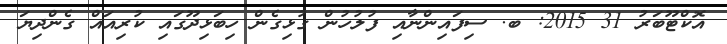
އޮކްޓޫބަރު 31 2015: ބ. ސިފައިންނާއި ފުލުހުން ގުޅިގެން ހިބަޅިދޫގައި ކުރިއައް ގެންދިޔަ